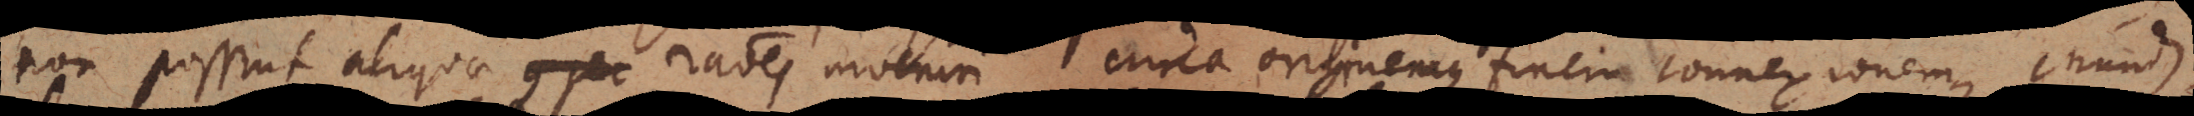
non possint aliquae rationes inveniri circa originemque finem connexionemque mundi.